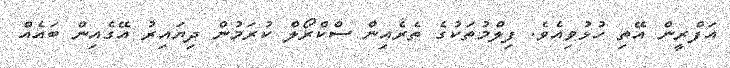
އަފްރީން އޭތި ހުޅުވިއެވެ. ފިލްމުތަކުގެ ތެރެއިން ސްކްރޯލް ކުރަމުން ދިޔައިރު އޭގެއިން ބައެއް